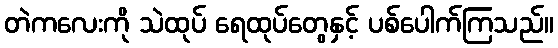
တဲကလေးကို သဲထုပ် ရေထုပ်တွေနှင့် ပစ်ပေါက်ကြသည်။